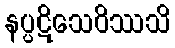
နပ္ပဋိသေဝိဿသိ